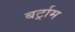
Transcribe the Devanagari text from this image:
बर्ट्राम